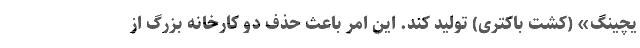
یچینگ» (كشت باكتری) تولید كند. این امر باعث حذف دو كارخانه بزرگ از